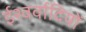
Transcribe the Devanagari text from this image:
ईश्वर्वादियों